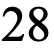
28